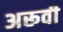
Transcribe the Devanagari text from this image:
अरूवी